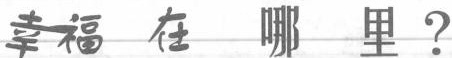
幸福在哪 里？